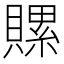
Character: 𧷳